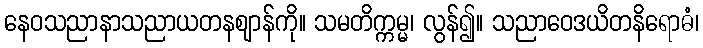
နေဝသညာနာသညာယတနဈာန်ကို။ သမတိက္ကမ္မ၊ လွန်၍။ သညာဝေဒယိတနိရောဓံ၊